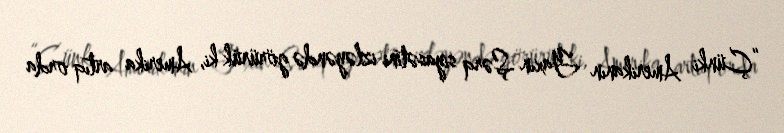
“Çünki Amerikanın Yaxın Şərq siyasətini izləyəndə görürük ki, Amerika artıq orda